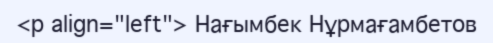
<p align="left"> Нағымбек Нұрмағамбетов